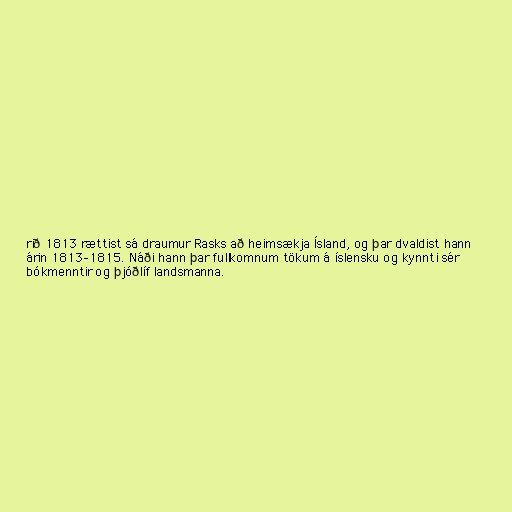
rið 1813 rættist sá draumur Rasks að heimsækja Ísland, og þar dvaldist hann
árin 1813–1815. Náði hann þar fullkomnum tökum á íslensku og kynnti sér
bókmenntir og þjóðlíf landsmanna.